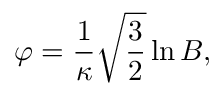
\varphi = \frac 1 \kappa \sqrt { \frac 3 2 } \ln B ,